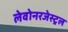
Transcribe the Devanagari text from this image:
लेवोनरजेस्ट्रल